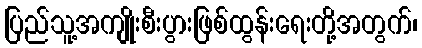
ပြည်သူ့အကျိုးစီးပွားဖြစ်ထွန်းရေးတို့အတွက်၊